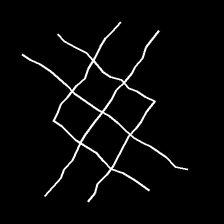
Glyph: crystal